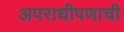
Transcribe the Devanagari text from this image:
अपराधीपणाची